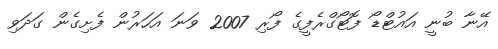
އޭނާ ބުނީ އައުޓްޑޯ ފޮޓޯގްރެފީގެ ފޯރި 2007 ވަނަ އަހަރުން ފެށިގެން ގަދަވި